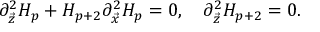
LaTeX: \partial _ { \vec { z } } ^ { 2 } H _ { p } + H _ { p + 2 } \partial _ { \vec { x } } ^ { 2 } H _ { p } = 0 , \ \ \ \partial _ { \vec { z } } ^ { 2 } H _ { p + 2 } = 0 .